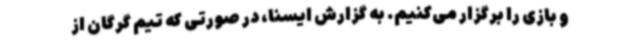
و بازی را برگزار می‌کنیم. به گزارش ایسنا، در صورتی که تیم گرگان از